Problem: 2 × 4 = ?
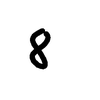
Handwritten answer: 8